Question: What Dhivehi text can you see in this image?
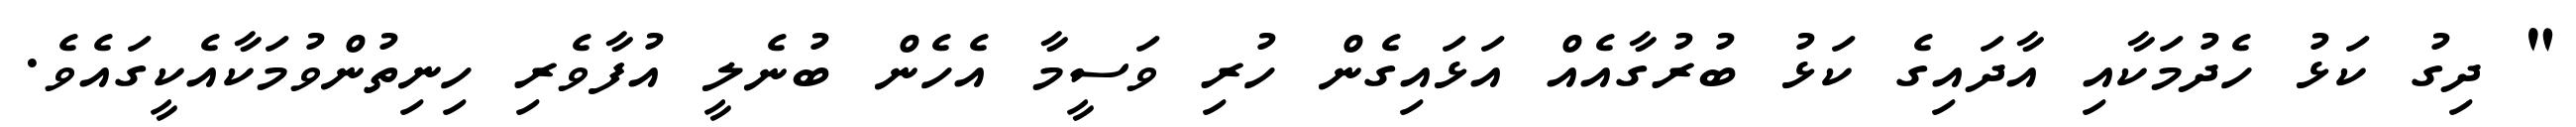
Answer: " ދިގު ކަޅު ހެދުމަކާއި އާދައިގެ ކަޅު ބުރުގާއެއް އަޅައިގެން ހުރި ވަސީމާ އެހެން ބުނެލީ އުފާވެރި ހިނިތުންވުމަކާއެކީގައެވެ.